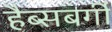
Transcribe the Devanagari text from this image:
हैब्सबर्गी